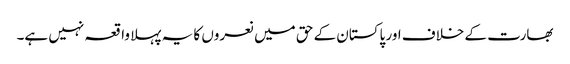
بھارت کے خلاف اور پاکستان کے حق میں نعروں کا یہ پہلا واقعہ نہیں ہے۔